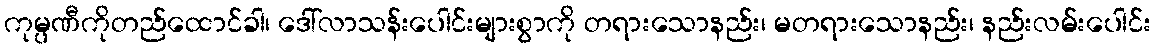
ကုမ္ပဏီကိုတည်ထောင်ခါ၊ ဒေါ်လာသန်းပေါင်းများစွာကို တရားသောနည်း၊ မတရားသောနည်း၊ နည်းလမ်းပေါင်း